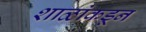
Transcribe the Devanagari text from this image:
शाळांकडून